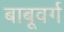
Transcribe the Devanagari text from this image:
बाबूवर्ग